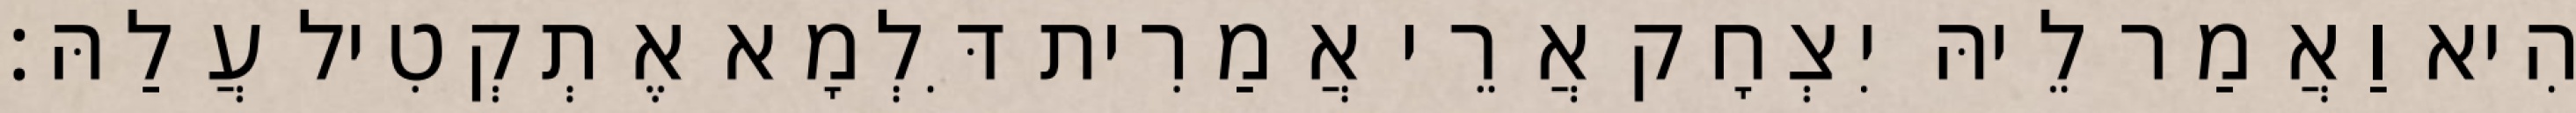
הִיא וַאֲמַר לֵיהּ יִצְחָק אֲרֵי אֲמַרִית דִּלְמָא אֶתְקְטִיל עֲלַהּ׃